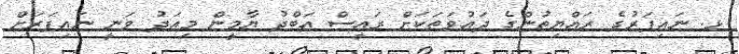
ޅ. ނައިފަރުގެ ރައްޔިތުންގެ ދައުވަތަކަށް ރައީސް އަބްދު ޔާމީން މިއަދު ވަނީ ނައިފަރަށް